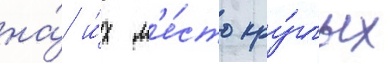
на́ и́х м'е́сто кру́глых